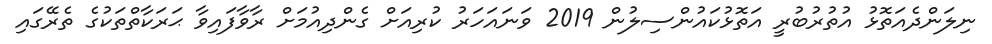
ނިލަންދެއަތޮޅު އުތުރުބުރީ އަތޮޅުކައުންސިލުން 2019 ވަނައަހަރު ކުރިއަށް ގެންދިއުމަށް ރާވާފައިވާ ޙަރަކާތްތަކުގެ ތެރޭގައި